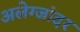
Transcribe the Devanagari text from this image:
अलेग्जांदर